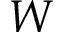
W